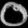
Digit: ၀